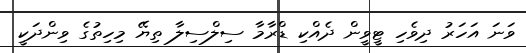
ވަނަ އަހަރު ދިވެހި ޓީވީން ދެއްކި ޑްރާމާ ސިލްސިލާ ތިޔޭ މިހިތުގެ ވިންދަކީ